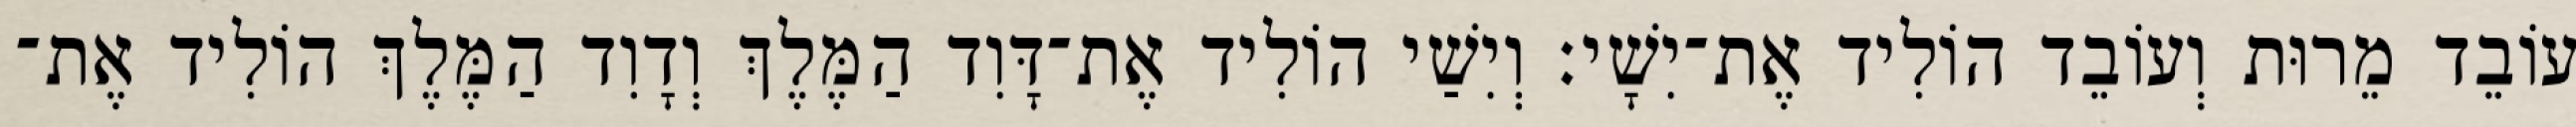
עוֹבֵד מֵרוּת וְעוֹבֵד הוֹלִיד אֶת־יִשָׁי׃ וְיִשַׁי הוֹלִיד אֶת־דָּוִד הַמֶּלֶךְ וְדָוִד הַמֶּלֶךְ הוֹלִיד אֶת־